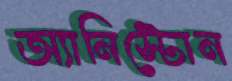
অ্যানিস্টোন